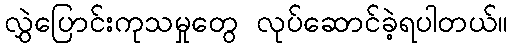
လွှဲပြောင်းကုသမှုတွေ လုပ်ဆောင်ခဲ့ရပါတယ်။